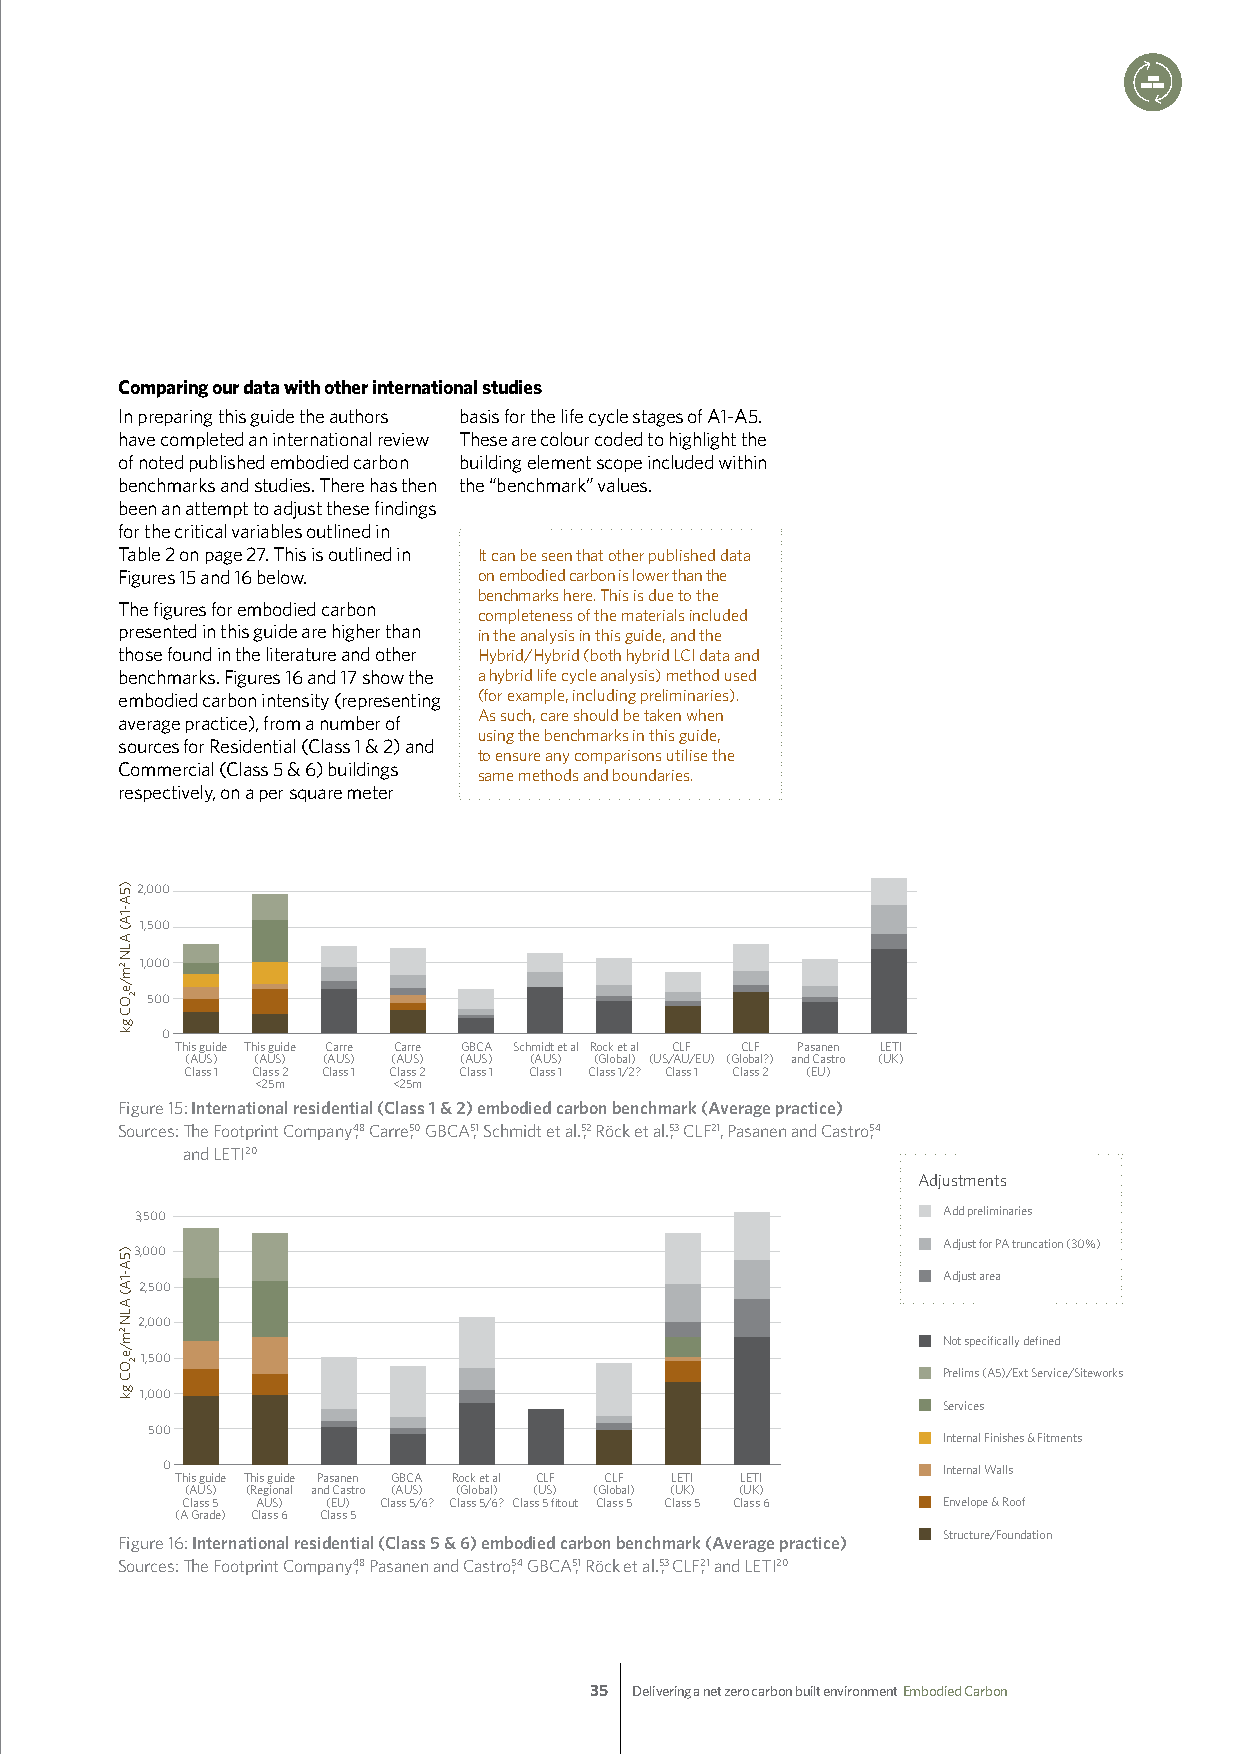
Comparing our data with other international studies
 In preparing this guide the authors basis for the life cycle stages of A1-A5.
 have completed an international review These are colour coded to highlight the
 of noted published embodied carbon building element scope included within
 benchmarks and studies. There has then the “benchmark” values.
 been an attempt to adjust these findings
 for the critical variables outlined in
 Table 2 on page 27. This is outlined in It can be seen that other published data
 Figures 15 and 16 below. on embodied carbon is lower than the
 benchmarks here. This is due to the
 The figures for embodied carbon
 completeness of the materials included
 presented in this guide are higher than in the analysis in this guide, and the
 those found in the literature and other Hybrid/Hybrid (both hybrid LCI data and
 benchmarks. Figures 16 and 17 show the a hybrid life cycle analysis) method used
 embodied carbon intensity (representing (for example, including preliminaries).
 As such, care should be taken when
 average practice), from a number of
 using the benchmarks in this guide,
 sources for Residential (Class 1 & 2) and
 to ensure any comparisons utilise the
 Commercial (Class 5 & 6) buildings
 same methods and boundaries.
 respectively, on a per square meter
 2,000
 1,500
 1,000
 500
 0
 This guide This guide Carre Carre GBCA Schmidt et al Rock et al CLF CLF Pasanen LETI
 (AUS) (AUS) (AUS) (AUS) (AUS) (AUS) (Global) (US/AU/EU) (Global?) and Castro (UK)
 Class 1 Class 2 Class 1 Class 2 Class 1 Class 1 Class 1/2? Class 1 Class 2 (EU)
 <25m     <25m
 Figure 15: International residential (Class 1 & 2) embodied carbon benchmark (Average practice)
 Sources: T he Footprint Company4,8 Carre5,0 GBCA5,1 Schmidt et al.5,2 Röck et al.5,3 CLF21, Pasanen and Castro5, 4
 and LETI20
 Adjustments
 3,500                                                Add preliminaries
 Adjust for PA truncation (30%)
 3,000
 Adjust area
 2,500
 2,000
 Not specifically defined
 1,500
 Prelims (A5)/Ext Service/Siteworks
 1,000
 Services
 500
 Internal Finishes & Fitments
 0                                                  Internal Walls
 This guide This guide Pasanen GBCA Rock et al CLF CLF LETI LETI
 (AUS) (Regional and Castro (AUS) (Global) (US) (Global) (UK) (UK)
 Class 5 AUS) (EU) Class 5/6? Class 5/6? Class 5 fitout Class 5 Class 5 Class 6 Envelope & Roof
 (A Grade) Class 6 Class 5
 Structure/Foundation
 Figure 16: International residential (Class 5 & 6) embodied carbon benchmark (Average practice)
 Sources: T he Footprint Company4,8 Pasanen and Castro5, 4 GBCA5,1 Röck et al.5,3 CLF2,1 and LETI20
 35 Delivering a net zero carbon built environment Embodied Carbon
 )5A-1A(
 ALN
 2m/eOC
 gk
 )5A-1A(
 ALN
 2m/eOC
 gk
 2
 2